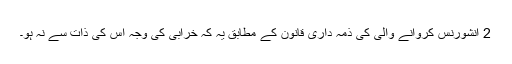
2 انشورنس کروانے والی کی ذمہ داری قانون کے مطابق یہ کہ خرابی کی وجہ اس کی ذات سے نہ ہو۔